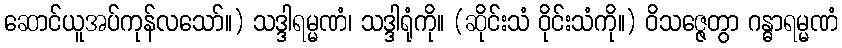
ဆောင်ယူအပ်ကုန်လသော်။) သဒ္ဒါရမ္မဏံ၊ သဒ္ဒါရုံကို။ (ဆိုင်းသံ ဝိုင်းသံကို။) ဝိသဇ္ဇေတွာ ဂန္ဓာရမ္မဏံ